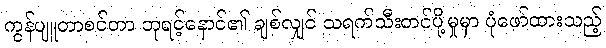
ကွန်ပျူတာစင်တာ ဘုရင့်နောင်၏ ချစ်လျှင် သရက်သီးတင်ပို့မှုမှာ ပုံဖော်ထားသည့်